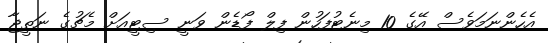
އެހެންނަމަވެސް އޭގެ 10 މިނެޓުފަހުން ފިލް ފޯޑެން ވަނީ ސިޓީއަށް މެޗުގެ ނަތީޖާ